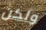
ولكن